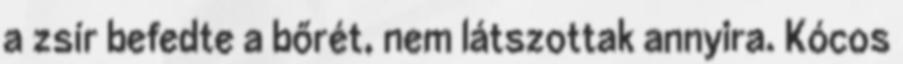
a zsír befedte a bőrét, nem látszottak annyira. Kócos